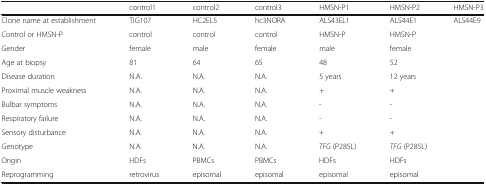
|  | control1 | control2 | control3 | HMSN-P1 | HMSN-P2 | HMSN-P3 |
 | --- | --- | --- | --- | --- | --- | --- |
 | Clone name at establishment | TIG107 | HC2EL5 | hc3NORA | ALS43EL1 | ALS44E1 | ALS44E9 |
 | Control or HMSN-P | control | control | control | HMSN-P | <COLSPAN=2> HMSN-P |
 | Gender | female | male | female | male | <COLSPAN=2> female |
 | Age at biopsy | 81 | 64 | 65 | 48 | <COLSPAN=2> 52 |
 | Disease duration | N.A. | N.A. | N.A. | 5 years | <COLSPAN=2> 12 years |
 | Proximal muscle weakness | N.A. | N.A. | N.A. | + | <COLSPAN=2> + |
 | Bulbar symptoms | N.A. | N.A. | N.A. | - | <COLSPAN=2> - |
 | Respiratory failure | N.A. | N.A. | N.A. | - | <COLSPAN=2> - |
 | Sensory disturbance | N.A. | N.A. | N.A. | + | <COLSPAN=2> + |
 | Genotype | N.A. | N.A. | N.A. | TFG (P285L) | <COLSPAN=2> TFG (P285L) |
 | Origin | HDFs | PBMCs | PBMCs | HDFs | <COLSPAN=2> HDFs |
 | Reprogramming | retrovirus | episomal | episomal | episomal | <COLSPAN=2> episomal |